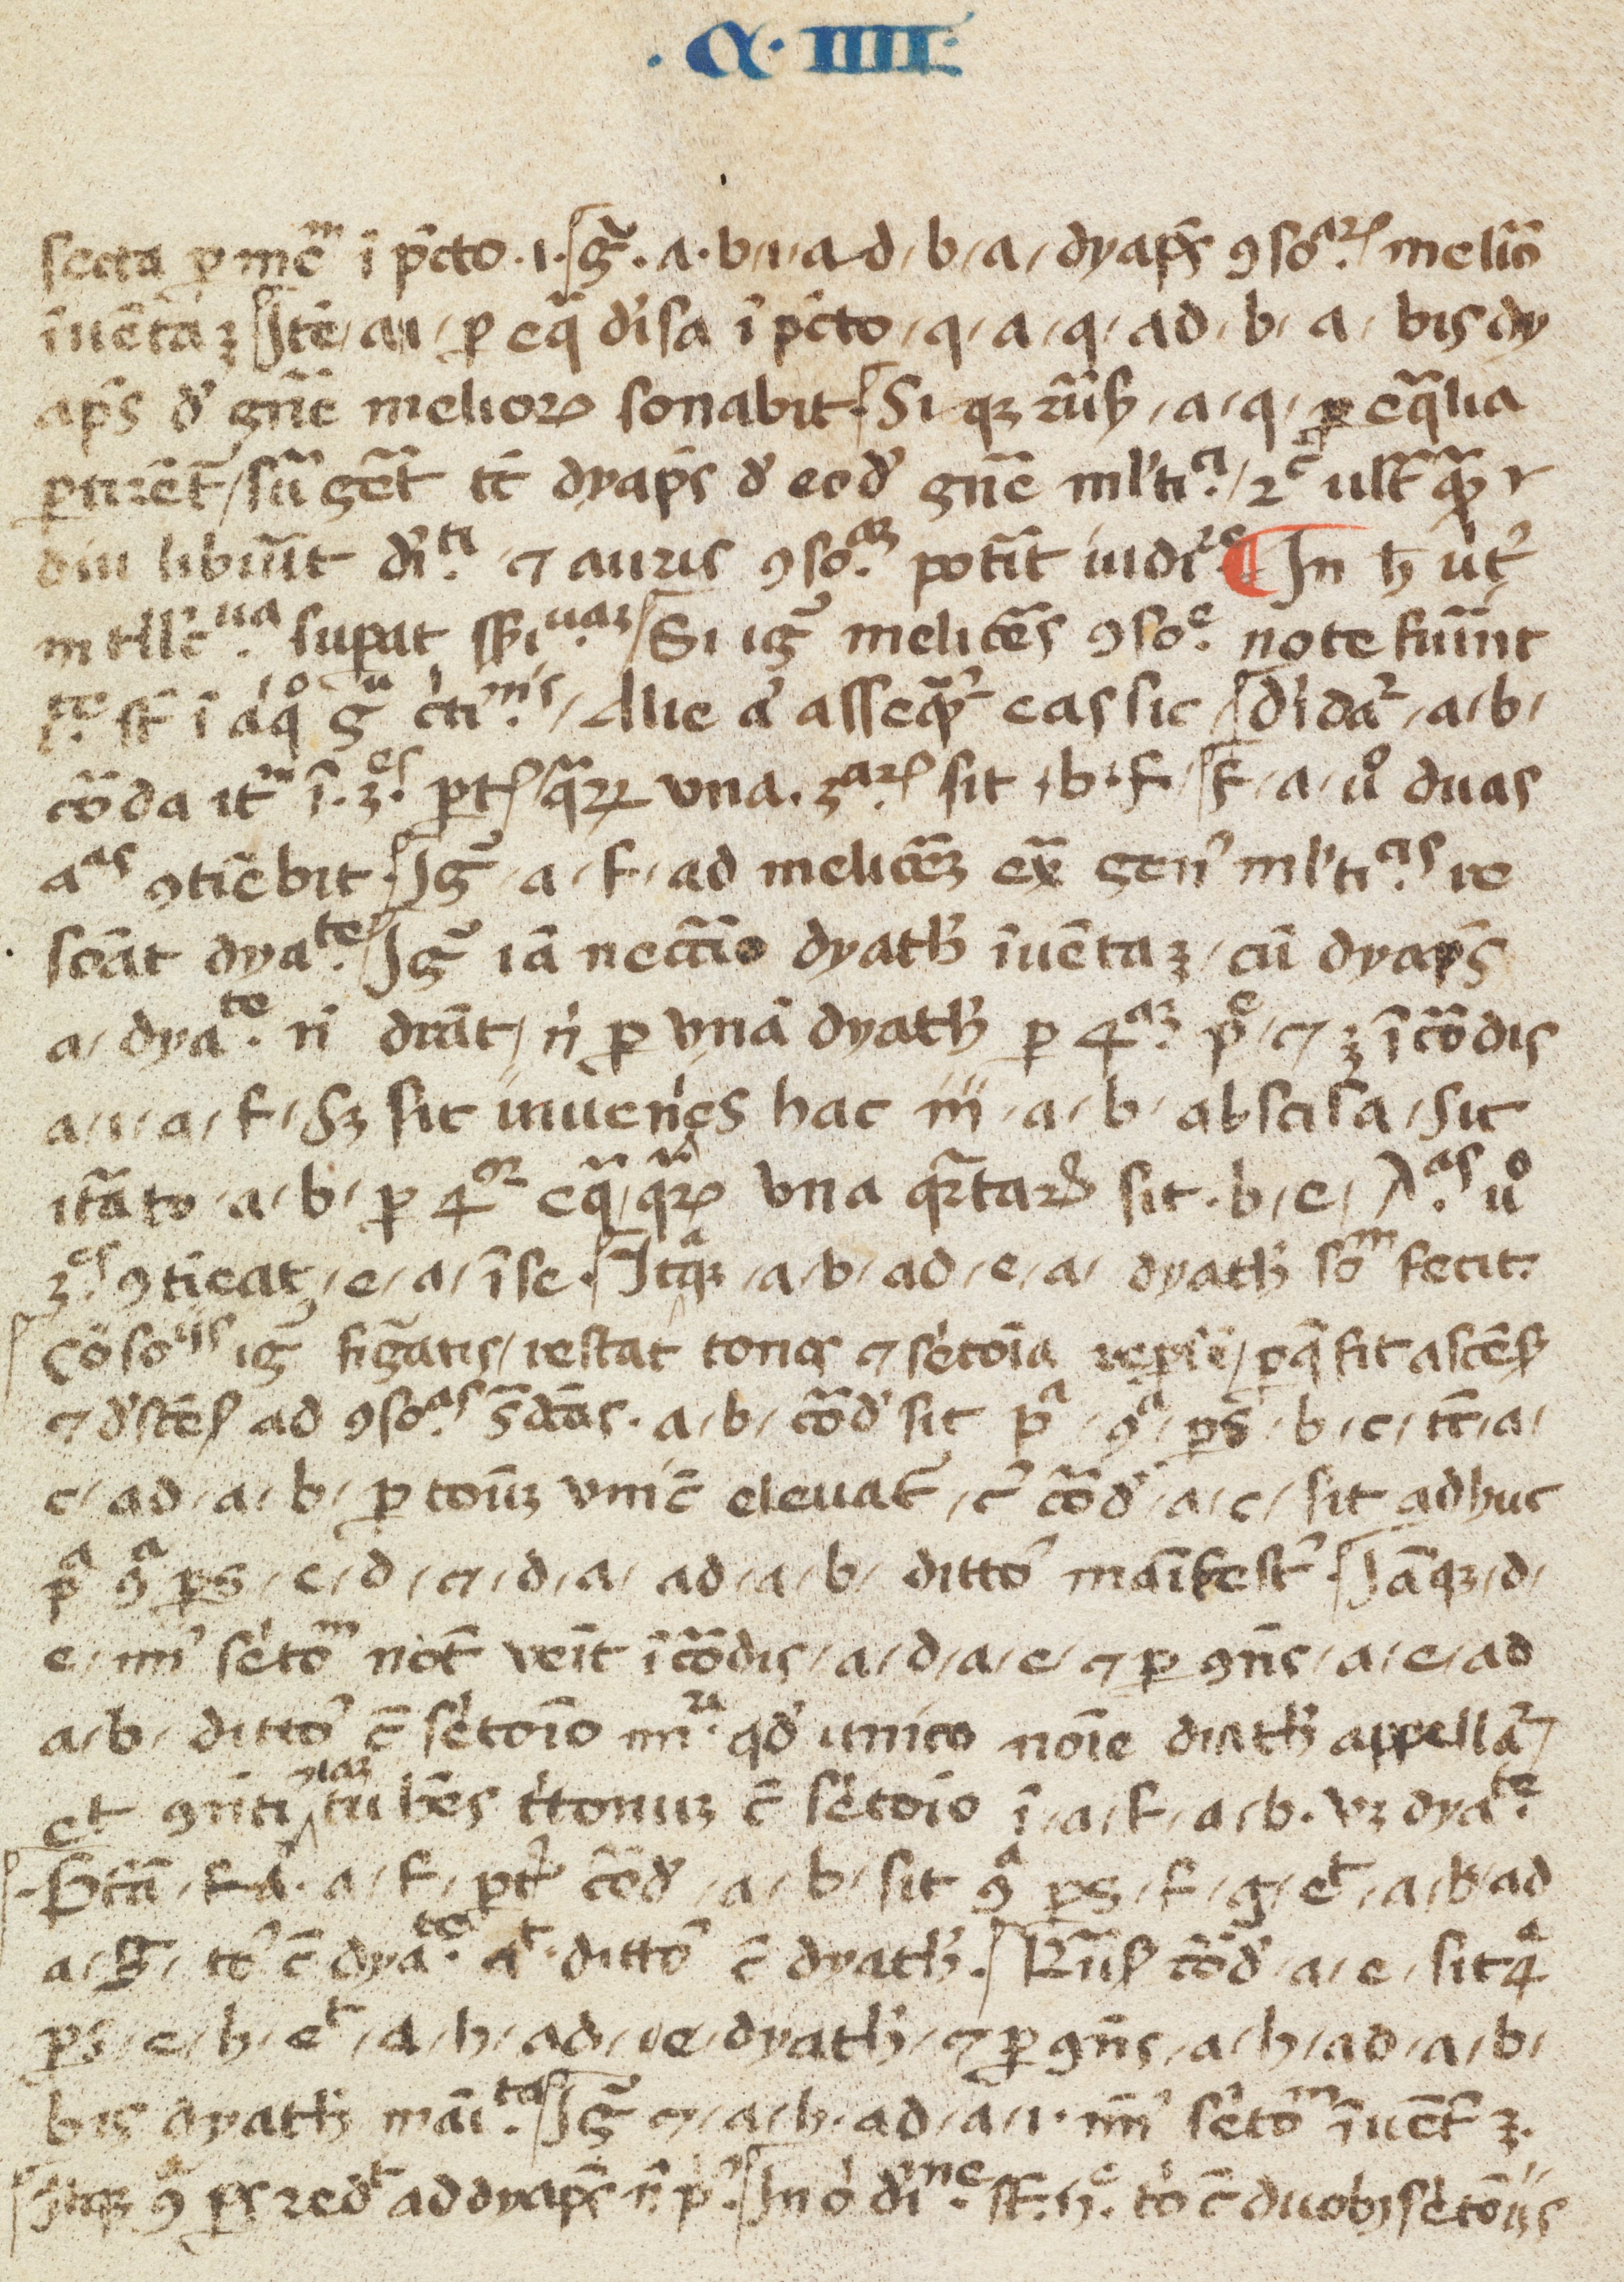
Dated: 1400–1499